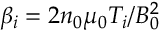
\beta _ { i } = 2 n _ { 0 } \mu _ { 0 } T _ { i } / B _ { 0 } ^ { 2 }